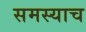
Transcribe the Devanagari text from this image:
समस्याच